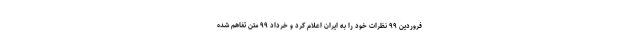
فروردین ۹۹ نظرات خود را به ایران اعلام کرد و خرداد ۹۹ متن تفاهم شده